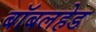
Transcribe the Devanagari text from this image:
बॉबलहेड